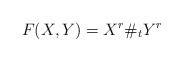
LaTeX: \begin{align*}F(X,Y) = X^r\#_t Y^r\end{align*}